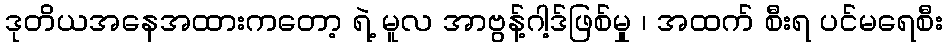
ဒုတိယအနေအထားကတော့ ရဲ့ မူလ အာဗွန့်ဂါ့ဒ်ဖြစ်မှု ၊ အထက် စီးရ ပင်မရေစီး